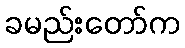
ခမည်းတော်က